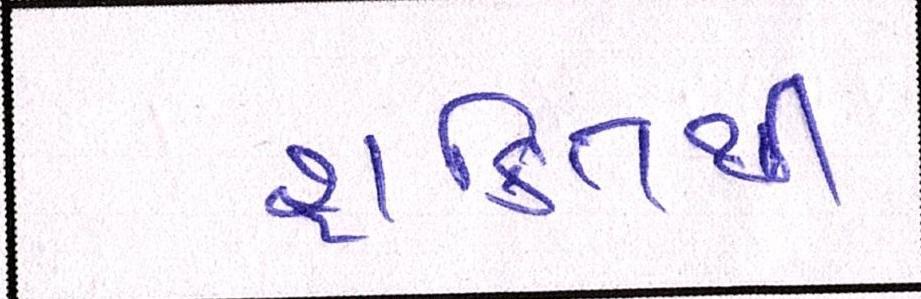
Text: શક્તિથી